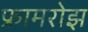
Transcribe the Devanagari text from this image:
फ्रामरोझ